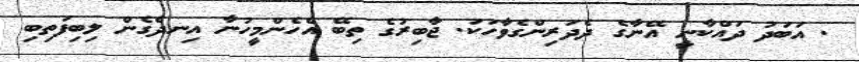
. އަބަދު ދައްކާނީ އޭނާގެ ދެދަރިންގެވާހަކަ. ޖާބިރުގެ ތިބޭ އެހެންމީހުނާ އިނދެގެން ލިބިފަތިބި